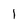
Character: l